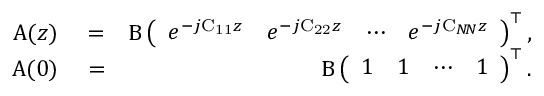
\begin{array} { r l r } { \boldsymbol { \mathrm { A } } ( z ) } & { { } = } & { \boldsymbol { \mathrm { B } } \left( \begin{array} { l l l l } { e ^ { - j \mathrm { C _ { 1 1 } } z } } & { e ^ { - j \mathrm { C _ { 2 2 } } z } } & { \cdots } & { e ^ { - j \mathrm { C } _ { N \! N } z } } \end{array} \right) ^ { \top } , } \\ { \boldsymbol { \mathrm { A } } ( 0 ) } & { { } = } & { \boldsymbol { \mathrm { B } } \left( \begin{array} { l l l l } { 1 } & { 1 } & { \cdots } & { 1 } \end{array} \right) ^ { \top } . } \end{array}